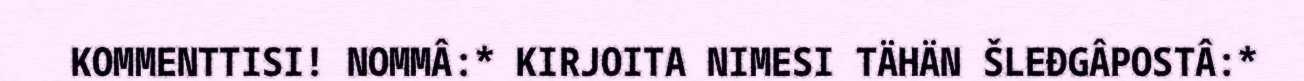
KOMMENTTISI! NOMMÂ:* KIRJOITA NIMESI TÄHÄN ŠLEĐGÂPOSTÂ:*